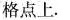
格点上。